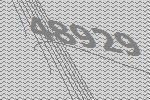
48929